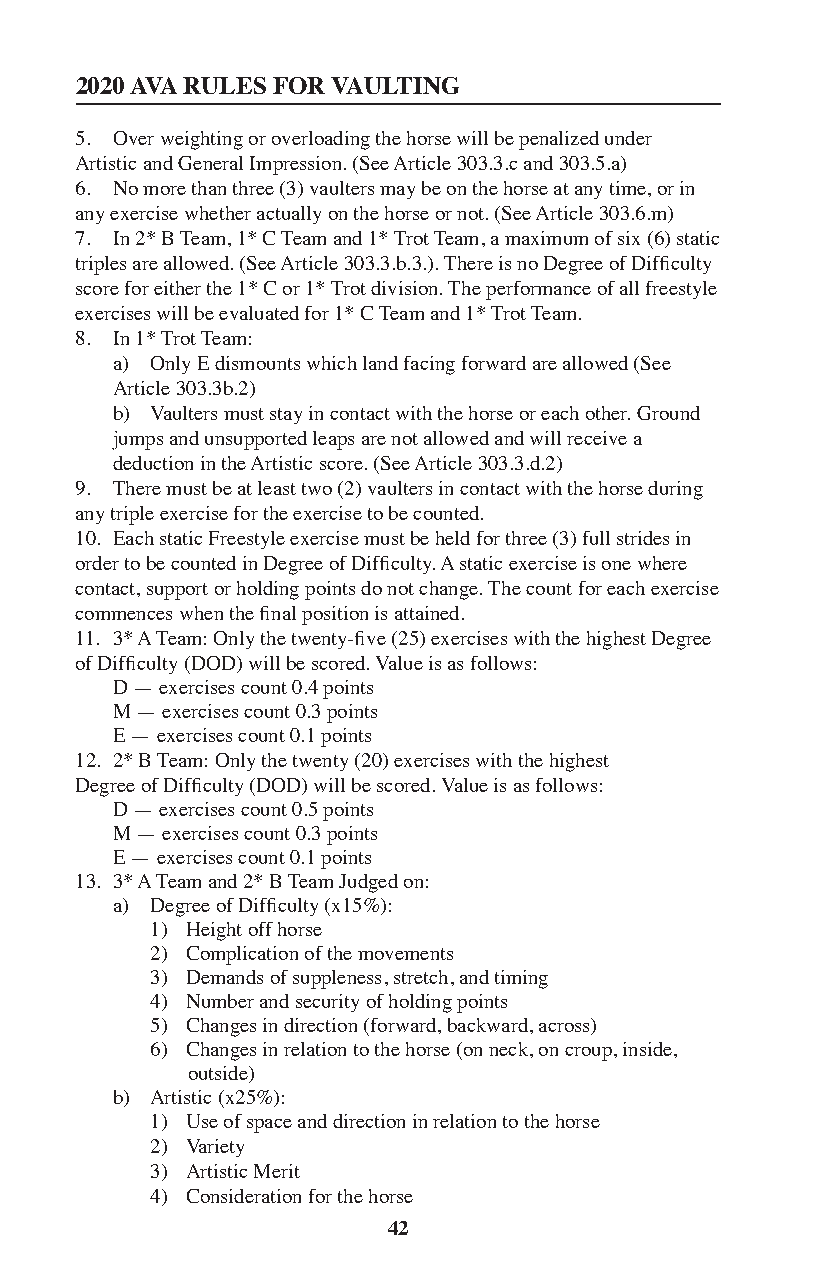
2020 AVA RULES FOR VAULTING
 5. Over weighting or overloading the horse will be penalized under
 Artistic and General Impression. (See Article 303.3.c and 303.5.a)
 6. No more than three (3) vaulters may be on the horse at any time, or in
 any exercise whether actually on the horse or not. (See Article 303.6.m)
 7. In 2* B Team, 1* C Team and 1* Trot Team, a maximum of six (6) static
 triples are allowed. (See Article 303.3.b.3.). There is no Degree of Difficulty
 score for either the 1* C or 1* Trot division. The performance of all freestyle
 exercises will be evaluated for 1* C Team and 1* Trot Team.
 8. In 1* Trot Team:
 a) Only E dismounts which land facing forward are allowed (See
 Article 303.3b.2)
 b) Vaulters must stay in contact with the horse or each other. Ground
 jumps and unsupported leaps are not allowed and will receive a
 deduction in the Artistic score. (See Article 303.3.d.2)
 9. There must be at least two (2) vaulters in contact with the horse during
 any triple exercise for the exercise to be counted.
 10. Each static Freestyle exercise must be held for three (3) full strides in
 order to be counted in Degree of Difficulty. A static exercise is one where
 contact, support or holding points do not change. The count for each exercise
 commences when the final position is attained.
 11. 3* A Team: Only the twenty-five (25) exercises with the highest Degree
 of Difficulty (DOD) will be scored. Value is as follows:
 D — exercises count 0.4 points
 M — exercises count 0.3 points
 E — exercises count 0.1 points
 12. 2* B Team: Only the twenty (20) exercises with the highest
 Degree of Difficulty (DOD) will be scored. Value is as follows:
 D — exercises count 0.5 points
 M — exercises count 0.3 points
 E — exercises count 0.1 points
 13. 3* A Team and 2* B Team Judged on:
 a) Degree of Difficulty (x15%):
 1) Height off horse
 2) Complication of the movements
 3) Demands of suppleness, stretch, and timing
 4) Number and security of holding points
 5) Changes in direction (forward, backward, across)
 6) Changes in relation to the horse (on neck, on croup, inside,
 outside)
 b) Artistic (x25%):
 1) Use of space and direction in relation to the horse
 2) Variety
 3) Artistic Merit
 4) Consideration for the horse
 42